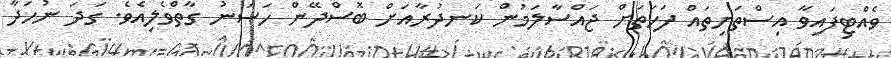
ވެއްޓިފައިވާ އިސްތަށިތައް ފަހަތަށް ޖައްސާލަމުން ކަނދުރާއަށް ބޮސްދޭން ހަސަނު ގާތްވެލިއެވެ. ގަދަ ނުހަދާ